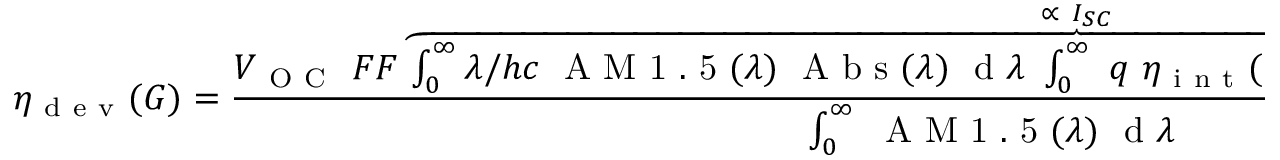
\eta _ { \mathrm { ~ d ~ e ~ v ~ } } ( G ) = \frac { V _ { \mathrm { ~ O ~ C ~ } } \ F F \overbrace { \int _ { 0 } ^ { \infty } \lambda / h c \ \mathrm { ~ A ~ M ~ 1 ~ . ~ 5 ~ } ( \lambda ) \ \mathrm { ~ A ~ b ~ s ~ } ( \lambda ) \ \mathrm { ~ d ~ } \lambda \ \int _ { 0 } ^ { \infty } \ q \ \eta _ { \mathrm { ~ i ~ n ~ t ~ } } ( G ) \ \mathrm { ~ P ~ L ~ } ( G , \lambda ) \ \mathrm { ~ E ~ Q ~ E ~ } ( \lambda ) \ \mathrm { ~ d ~ } \lambda } ^ { \propto \ I _ { S C } } } { \int _ { 0 } ^ { \infty } \ \mathrm { ~ A ~ M ~ 1 ~ . ~ 5 ~ } ( \lambda ) \ \mathrm { ~ d ~ } \lambda } ,